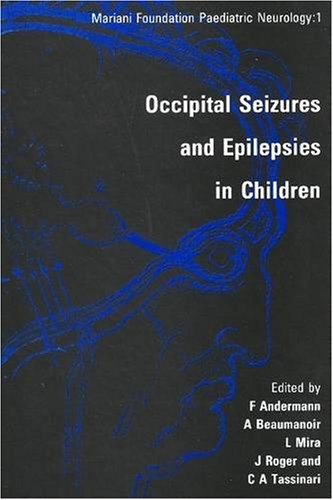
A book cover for Occipital Seizures and Epilepsies in Children (Mariani Foundation Paediatric Neurology); Andermann; Health, Fitness & Dieting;